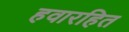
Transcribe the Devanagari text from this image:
हवारहित